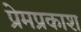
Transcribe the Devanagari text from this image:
प्रेमप्रकाश